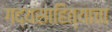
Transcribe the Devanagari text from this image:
गद्यसाहित्याचा